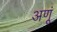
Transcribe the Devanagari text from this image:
अणूं